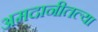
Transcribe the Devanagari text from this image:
अमदानीतल्या